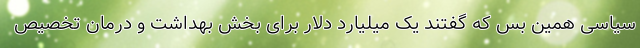
سیاسی همین بس که گفتند یک میلیارد دلار برای بخش بهداشت و درمان تخصیص